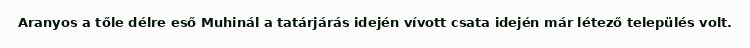
Aranyos a tőle délre eső Muhinál a tatárjárás idején vívott csata idején már létező település volt.